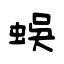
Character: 蜈